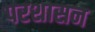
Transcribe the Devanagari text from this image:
परशासन